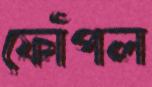
ফোঁপল